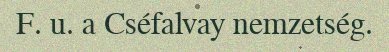
F. u. a Cséfalvay nemzetség.